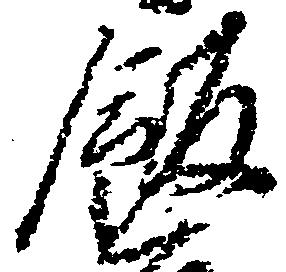
飯